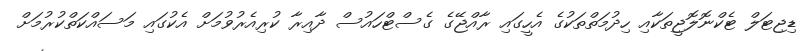
ޑިޖިޓަލް ޓެކްނޮލޮޖީތަކާއި ހިދުމަތްތަކުގެ އެހީގައި ރާއްޖޭގެ ގެސްޓްހައުސް ދާއިރާ ކުރިއެރުވުމަށް އެކުގައި މަސައްކަތްކުރުމަށް